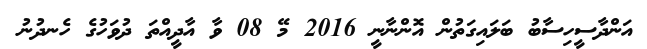
އަންދާސީހިސާބު ބަލައިގަތުން އޮންނާނީ 2016 މޭ 08 ވާ އާދީއްތަ ދުވަހުގެ ހެނދުނު